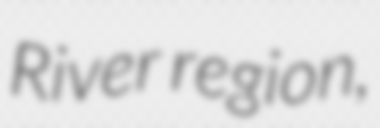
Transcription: River region,